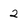
Character: 2